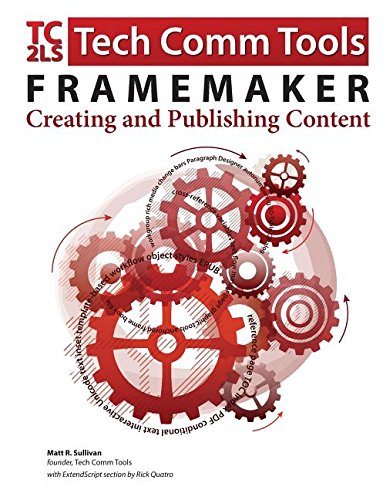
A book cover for FrameMaker - Creating and publishing content: Learn to use, manage, and publish content with Adobe FrameMaker; Matt R. Sullivan; Computers & Technology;